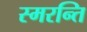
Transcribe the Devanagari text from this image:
स्मरन्ति